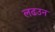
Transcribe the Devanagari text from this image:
लढउन